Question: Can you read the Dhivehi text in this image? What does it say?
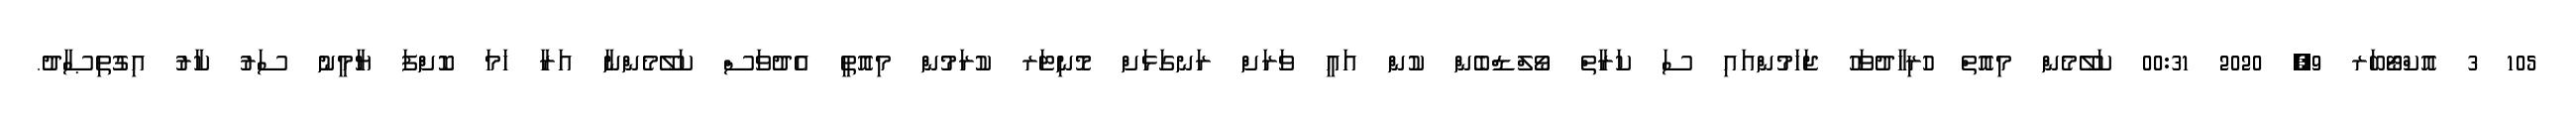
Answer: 105 3 އޮކްޓޯބަރ 9, 2020 00:31 ކަލޭމެން މިއޮތް ހުރިހާދުވަހު ޖަހަމުންއައި ސަ ކަރާތް ވޯލްޑްބެން ކުން އައީ ވަރަށް ރަނގަޅަށް މޮނިޓަރ ކުރަމުން މިއޮތީ އެދުވަސް ކަލޭމެންނާ އަރާ ހަމަ ކޮށްފަ ޔާމީނު ސަރު ކާރު އިގުތިޞާދު.